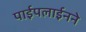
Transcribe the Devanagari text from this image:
पाईपलाईनने